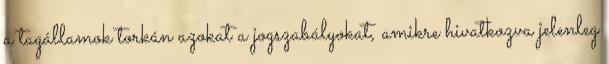
a tagállamok torkán azokat a jogszabályokat, amikre hivatkozva jelenleg